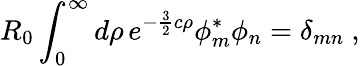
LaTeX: R_{0}\int_{0}^{\infty}d\rho\, e^{-\frac{3}{2}c\rho}\phi_{m}^{\ast}\phi_{n}=\delta_{mn}~,